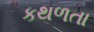
કથળતા